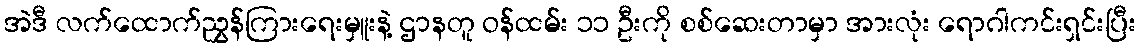
အဲဒီ လက်ထောက်ညွှန်ကြားရေးမှူးနဲ့ ဌာနတူ ဝန်ထမ်း ၁၁ ဦးကို စစ်ဆေးတာမှာ အားလုံး ရောဂါကင်းရှင်းပြီး